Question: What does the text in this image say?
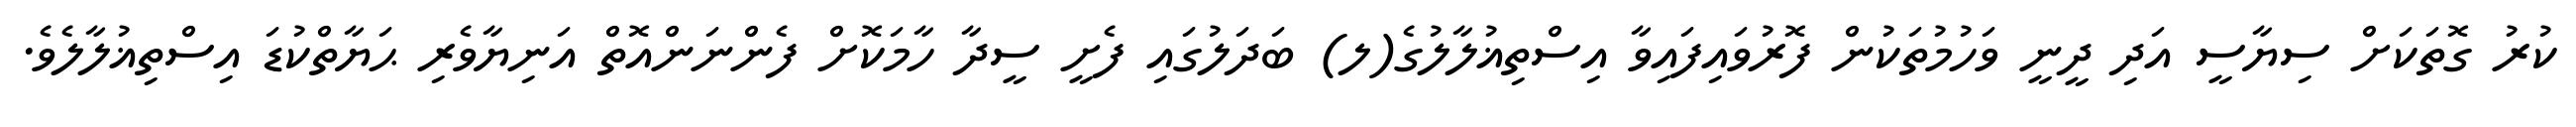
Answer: ކުރު ގޮތަކަށް ސިޔާސީ އަދި ދީނީ ވަހުމުތަކުން ފޮރުވައިފައިވާ އިސްތިޣުލާލުގެ(ލ) ބަދަލުގައި ފެށީ ސީދާ ހާމަކޮށް ފެންނަންއޮތް އަނިޔާވެރި ޙަޔާތްކުޑަ އިސްތިޣުލާލެވެ.